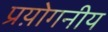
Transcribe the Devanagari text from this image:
प्रय़ोगनीय